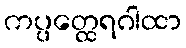
ကပ္ပတ္ထေရဂါထာ